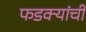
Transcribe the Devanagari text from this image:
फडक्यांची